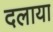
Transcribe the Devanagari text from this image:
दलाया